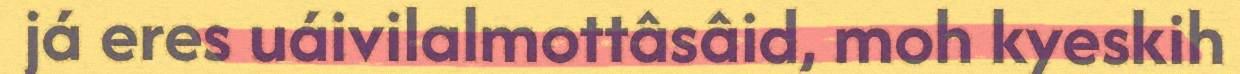
já eres uáivilalmottâsâid, moh kyeskih